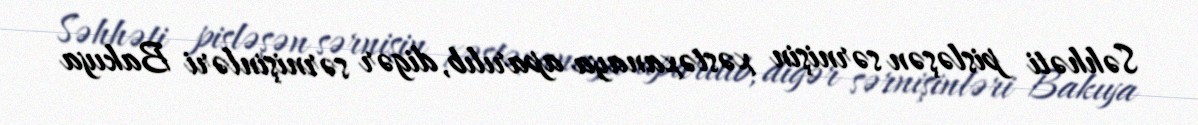
Səhhəti pisləşən sərnişin xəstəxanaya aparılıb, digər sərnişinləri Bakıya